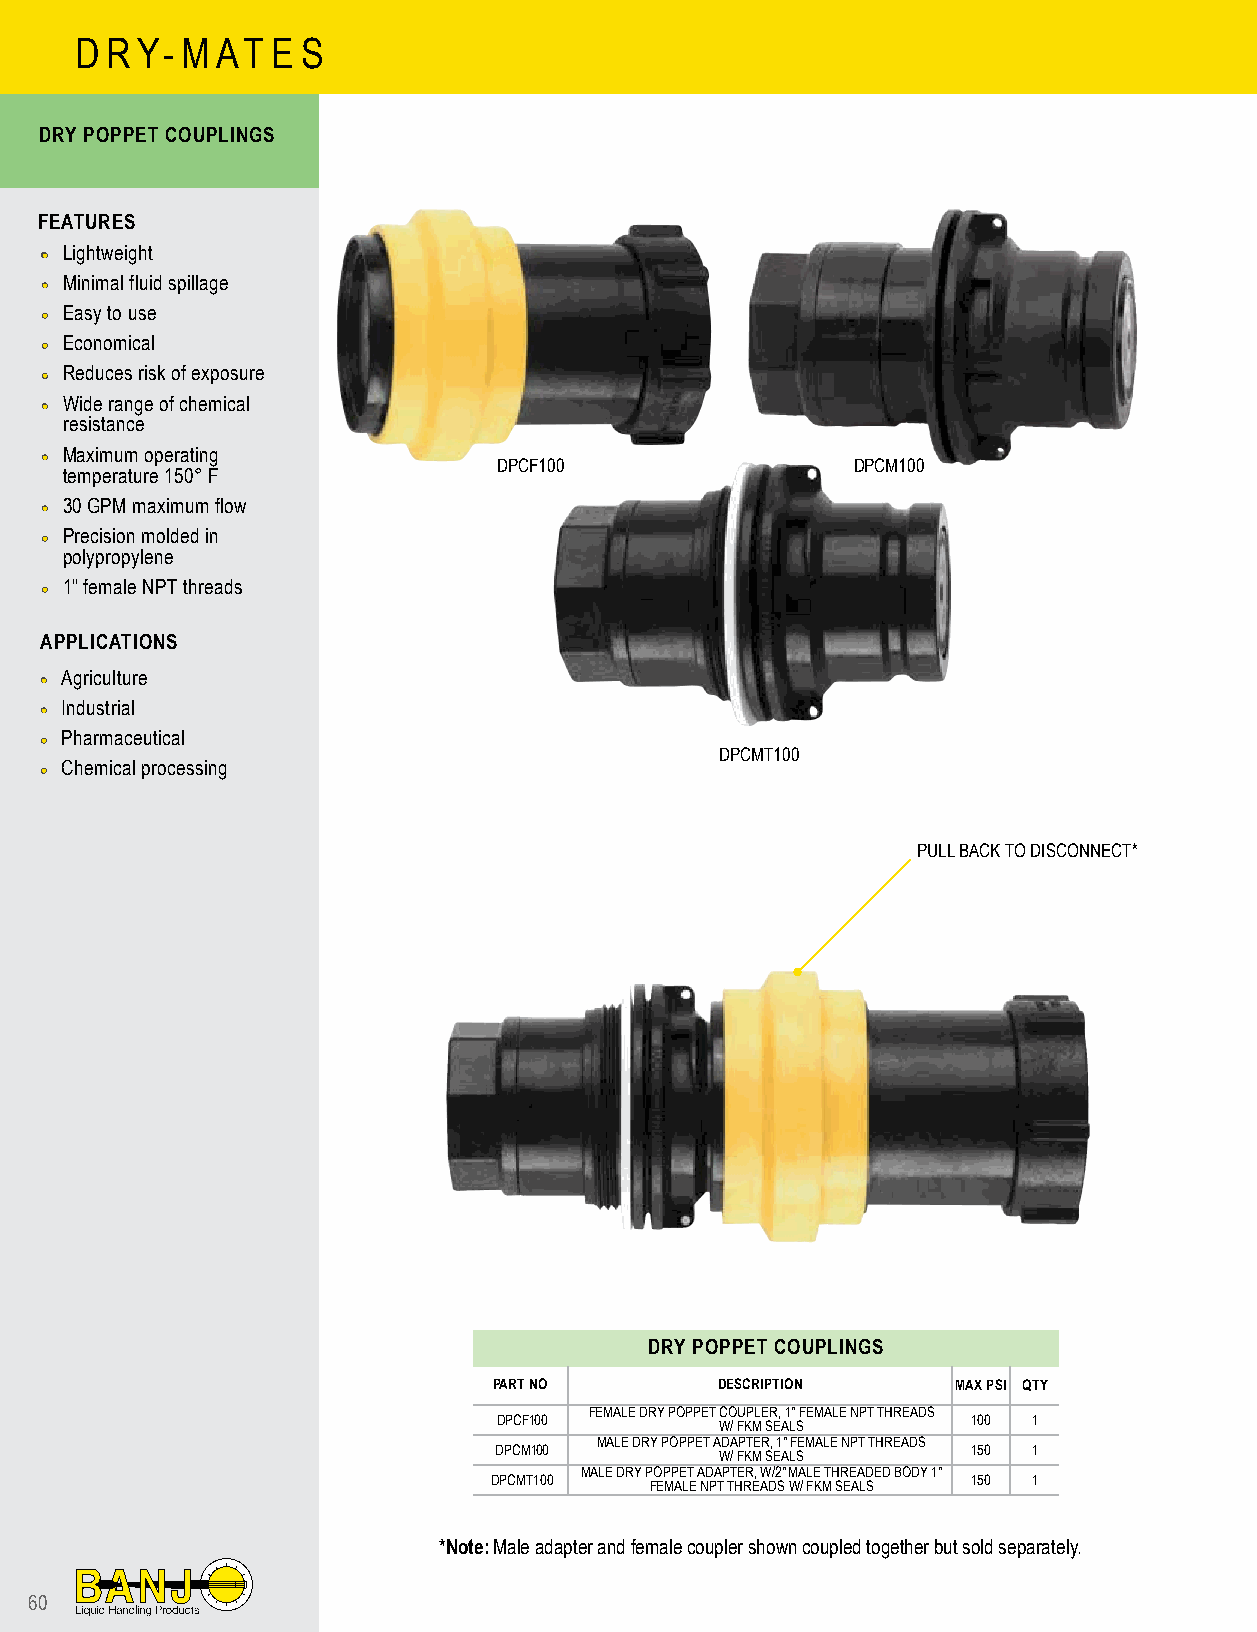
D RY-  M AT  E S
 DRY POPPET COUPLINGS
 FEATURES
 •••• Lightweight
 •• Minimal fluid spillage
 •• Easy to use
 •• Economical
 •• Reduces risk of exposure
 •• Wide range of chemical
 resistance
 •• Maximum operating          DPCF100                DPCM100
 temperature 150° F
 •• 30 GPM maximum flow
 •• Precision molded in
 polypropylene
 •• 1" female NPT threads
 APPLICATIONS
 •• Agriculture
 •• Industrial
 •• Pharmaceutical
 DPCMT100
 •• Chemical processing
 PULL BACK TO DISCONNECT*
 DRY POPPET COUPLINGS
 PART NO       DESCRIPTION     MAX PSI QTY
 FEMALE DRY POPPET COUPLER, 1" FEMALE NPT THREADS
 DPCF100                        100 1
 W/ FKM SEALS
 MALE DRY POPPET ADAPTER, 1" FEMALE NPT THREADS
 DPCM100
 W/ FKM SEALS
 150 1
 MALE DRY POPPET ADAPTER, W/2" MALE THREADED BODY 1"
 DPCMT100
 FEMALE NPT THREADS W/ FKM SEALS
 150 1
 *Note: Male adapter and female coupler shown coupled together but sold separately.
 60